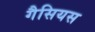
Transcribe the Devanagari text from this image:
गैसियस